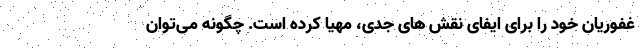
غفوریان خود را برای ایفای نقش های جدی، مهیا کرده است. چگونه می‌توان